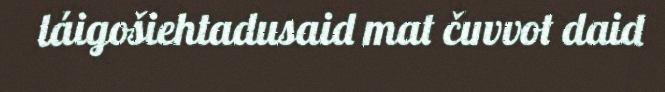
láigošiehtadusaid mat čuvvot daid